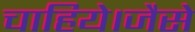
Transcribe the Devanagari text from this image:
चाहिये।जैसे